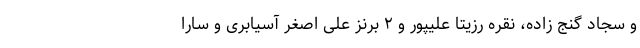
و سجاد گنج زاده، نقره رزیتا علیپور و ۲ برنز علی اصغر آسیابری و سارا